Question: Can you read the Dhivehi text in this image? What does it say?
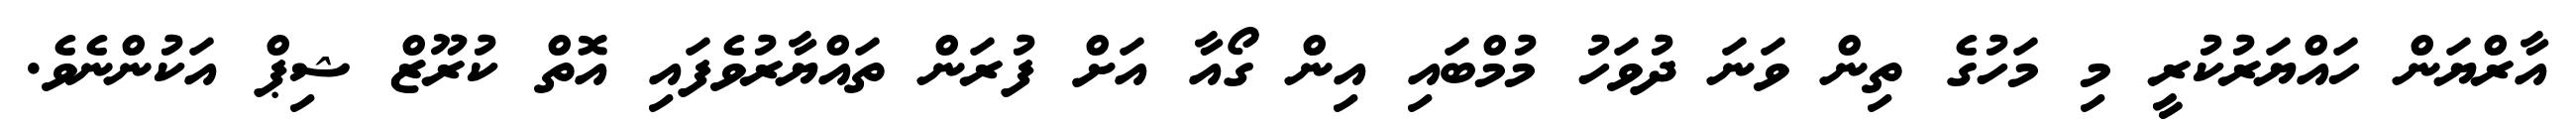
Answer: އާރްޔަން ހައްޔަރުކުރީ މި މަހުގެ ތިން ވަނަ ދުވަހު މުމްބައި އިން ގޯއާ އަށް ފުރަން ތައްޔާރުވެފައި އޮތް ކުރޫޒް ޝިޕް އަކުންނެވެ.